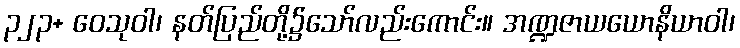
၃၂၃+ ဝေသုဝါ၊ နတ်ပြည်တို့၌သော်လည်းကောင်း။ အဏ္ဍဇာယယောနိယာဝါ၊